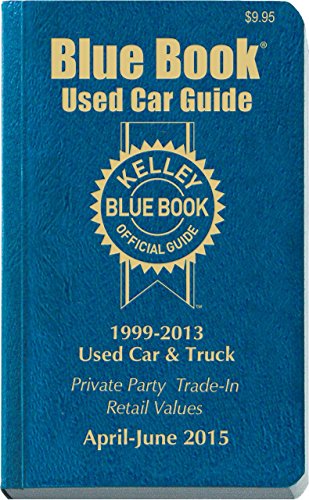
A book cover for Kelley Blue Book Used Car Guide: April-June 2015 (Kelley Blue Book Used Car Guide Consumer Edition); Kelley Blue Book; Engineering & Transportation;